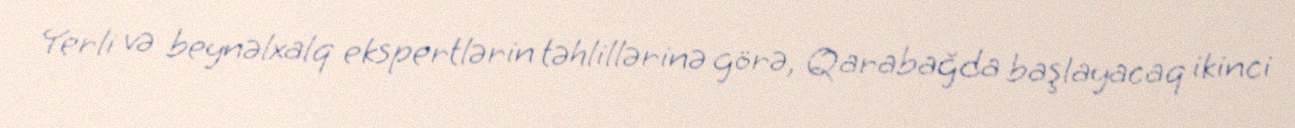
Yerli və beynəlxalq ekspertlərin təhlillərinə görə, Qarabağda başlayacaq ikinci